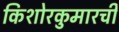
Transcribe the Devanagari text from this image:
किशोरकुमारची